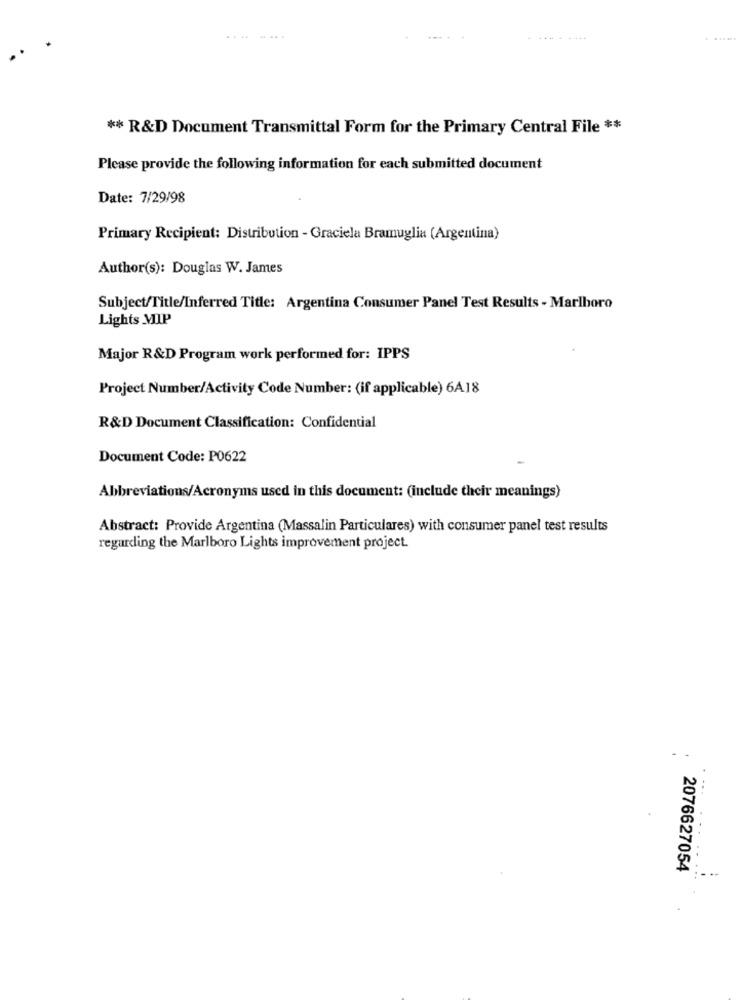
...--
** R&D Document Transmittal Form for the Primary Central File **
Please provide the following information for each submitted document
Date: 7/29/98
Primary Recipient: Distribution - Graciela Bramuglia (Argentina)
Author(s): Douglas W. James
Subject/Title/Inferred Title: Argentina Consumer Panel Test Results - Marlboro
Lights MIP
Major R&D Program work performed for: IPPS
Project Number/Activity Code Number: (if applicable) 6A18
R&D Document Classification: Confidential
Document Code: P0622
Abbreviations/Acronyms used in this document: (include their meanings)
Abstract: Provide Argentina (Massalin Particulares) with consumer panel test results
regarding the Marlboro Lights improvement project.
2076627054
. ..
..